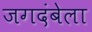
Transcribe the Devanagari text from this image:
जगदंबेला